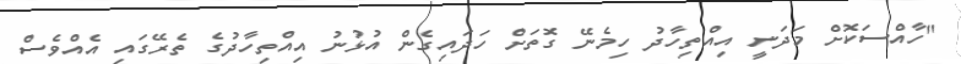
"ހާއްސަކޮށް މަދަނީ އިއްތިހާދު ހިމެނޭ ގޮތަށް ހަދައިގެން އުޅުނު އިއްތިހާދުގެ ތެރޭގައި އެއްވެސް